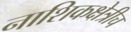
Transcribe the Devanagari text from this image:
नाशिकक्षेत्रीच